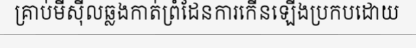
គ្រាប់មីស៊ីលឆ្លងកាត់ព្រំដែនការកើនឡើងប្រកបដោយ